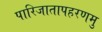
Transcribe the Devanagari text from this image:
पारिजातापहरणमु